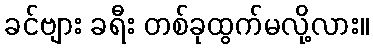
ခင်ဗျား ခရီး တစ်ခုထွက်မလို့လား။